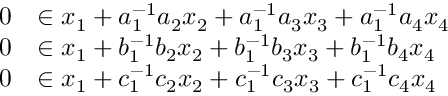
\begin{array} { r l } { 0 } & { \in x _ { 1 } + a _ { 1 } ^ { - 1 } a _ { 2 } x _ { 2 } + a _ { 1 } ^ { - 1 } a _ { 3 } x _ { 3 } + a _ { 1 } ^ { - 1 } a _ { 4 } x _ { 4 } } \\ { 0 } & { \in x _ { 1 } + b _ { 1 } ^ { - 1 } b _ { 2 } x _ { 2 } + b _ { 1 } ^ { - 1 } b _ { 3 } x _ { 3 } + b _ { 1 } ^ { - 1 } b _ { 4 } x _ { 4 } } \\ { 0 } & { \in x _ { 1 } + c _ { 1 } ^ { - 1 } c _ { 2 } x _ { 2 } + c _ { 1 } ^ { - 1 } c _ { 3 } x _ { 3 } + c _ { 1 } ^ { - 1 } c _ { 4 } x _ { 4 } } \end{array}